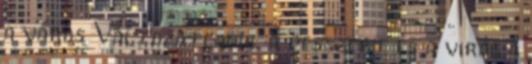
a város Változatlanul a desszert és a virág a